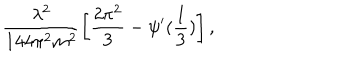
\frac { \lambda ^ { 2 } } { 1 4 4 \pi ^ { 2 } m ^ { 2 } } \left[ \frac { 2 \pi ^ { 2 } } { 3 } - \psi ^ { \prime } ( \frac { 1 } { 3 } ) \right] ,